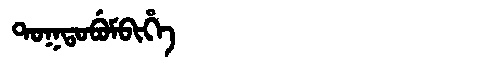
Manchu: ᡨᠣᡴᡨᠣᠪᡠᠮᠪᡳᡥᡝ
Romanization: TOKTOBUMBIHE